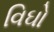
વિઘો